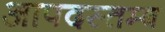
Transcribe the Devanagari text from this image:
आपदस्तम्ब